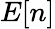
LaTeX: E[n]